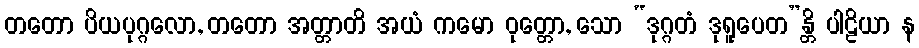
တတော ပိယပုဂ္ဂလော, တတော အတ္တာတိ အယံ ကမော ဝုတ္တော, သော “ဒုဂ္ဂတံ ဒုရူပေတ”န္တိ ပါဠိယာ န